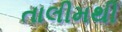
તાલીમથી